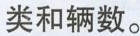
类和辆数。